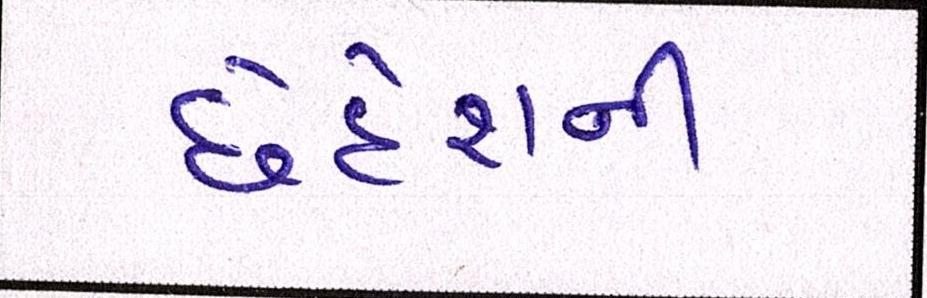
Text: છેદેશની